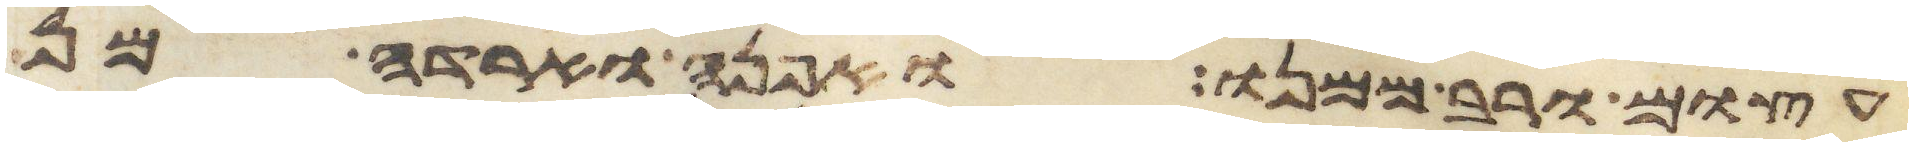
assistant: עצום ורב ממנו ואפנה וארדה מן